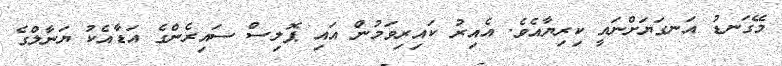
މޭގަނޑު އަނގަޔަށްނައީ ކިރިޔާއެވެ. އެއިރު ކައިރިވަމުން އައި ޕޮލިސް ސައިރެންގެ އަޑާއެކު ޔަނާލްގެ